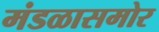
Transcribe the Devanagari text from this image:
मंडळासमोर